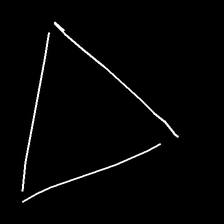
Glyph: convergence